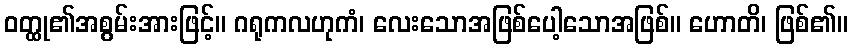
ဝတ္ထု၏အစွမ်းအားဖြင့်။ ဂရုကလဟုကံ၊ လေးသောအဖြစ်ပေါ့သောအဖြစ်။ ဟောတိ၊ ဖြစ်၏။